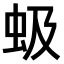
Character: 𫊩